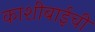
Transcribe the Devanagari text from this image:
काशीबाईची